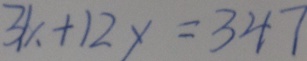
3 1 x + 1 2 y = 3 4 7